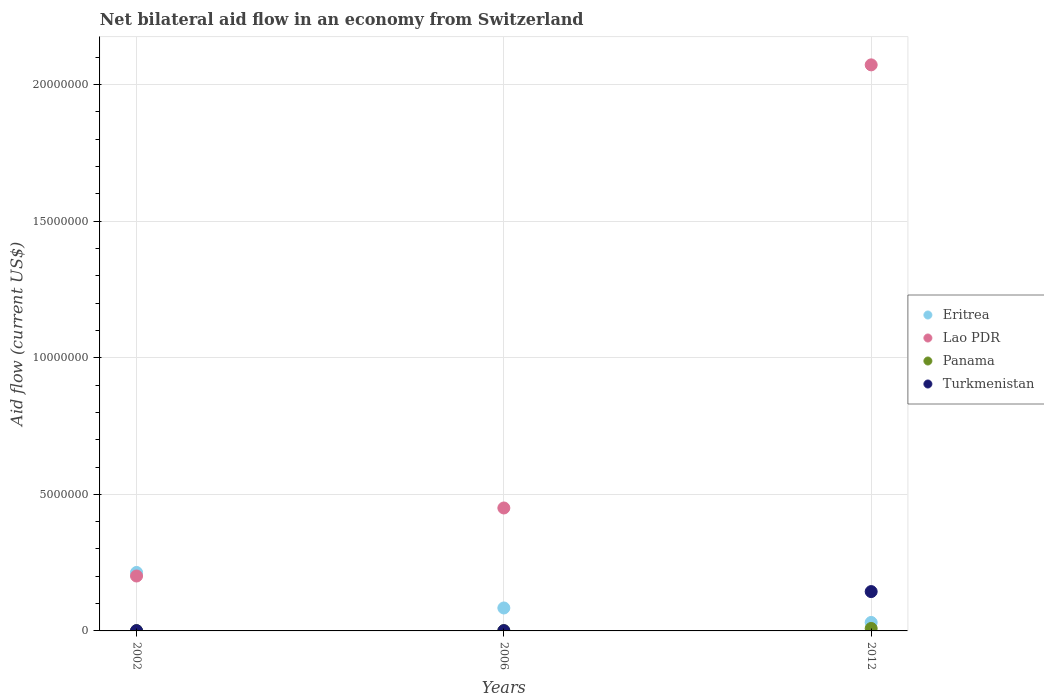
| Years | Eritrea | Lao PDR | Panama | Turkmenistan |
 | --- | --- | --- | --- | --- |
 | 2002 | 2.14e+06 | 2.01e+06 | 1e+04 | 1e+04 |
 | 2006 | 8.4e+05 | 4.5e+06 | 1e+04 | 1e+04 |
 | 2012 | 3.1e+05 | 2.07e+07 | 9e+04 | 1.44e+06 |